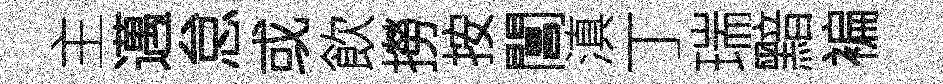
主邁怠或飲撈按閶滇丁瑞黯褊